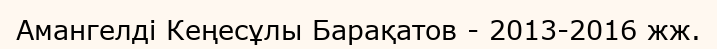
Амангелді Кеңесұлы Барақатов - 2013-2016 жж.